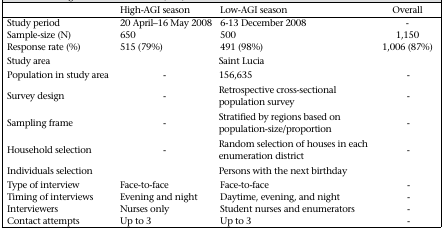
|  | High-AGI season | Low-AGI season | Overall |
 | --- | --- | --- | --- |
 | Study period | 20 April–16 May 2008 | 6-13 December 2008 | - |
 | Sample-size (N) | 650 | 500 | 1,150 |
 | Response rate (%) | 515 (79%) | 491 (98%) | 1,006 (87%) |
 | Study area |  | Saint Lucia |  |
 | Population in study area | - | 156,635 | - |
 | Survey design | - | Retrospective cross-sectional population survey | - |
 | Sampling frame | - | Stratified by regions based on population-size/proportion | - |
 | Household selection | - | Random selection of houses in each enumeration district | - |
 | Individuals selection |  | Persons with the next birthday |  |  |
 | Type of interview | Face-to-face | Face-to-face | - |
 | Timing of interviews | Evening and night | Daytime, evening, and night | - |
 | Interviewers | Nurses only | Student nurses and enumerators | - |
 | Contact attempts | Up to 3 | Up to 3 | - |